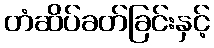
တံဆိပ်ခတ်ခြင်းနှင့်